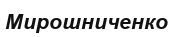
Мирошниченко